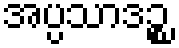
အပ္ပသာဒဉ္စ